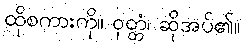
ထိုစကားကို။ ဝုတ္တံ၊ ဆိုအပ်၏။